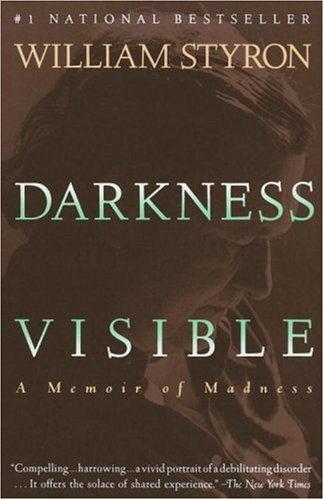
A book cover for Darkness Visible: A Memoir of Madness; William Styron; Health, Fitness & Dieting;